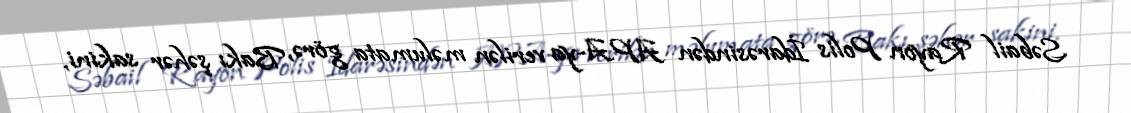
Səbail Rayon Polis İdarəsindən APA-ya verilən məlumata görə, Bakı şəhər sakini,